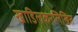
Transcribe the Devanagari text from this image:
खाडिलकरलिखित